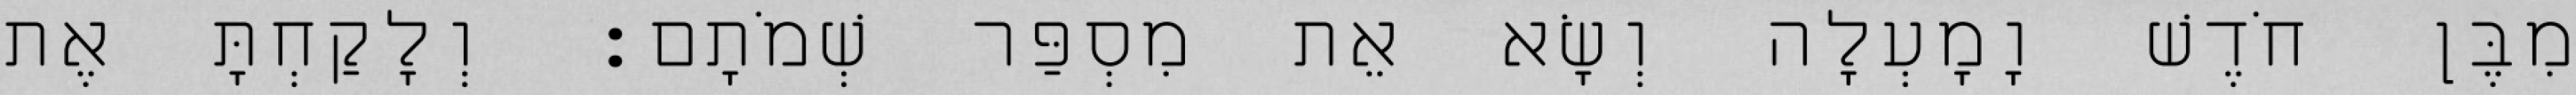
מִבֶּן חֹדֶשׁ וָמָעְלָה וְשָׂא אֵת מִסְפַּר שְׁמֹתָם׃ וְלָקַחְתָּ אֶת